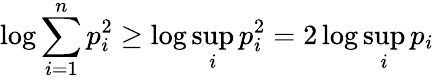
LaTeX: \log\sum_{i=1}^{n}{p_{i}^{2}}\geq\log\operatorname*{sup}_{i}p_{i}^{2}=2\log\operatorname*{sup}_{i}p_{i}